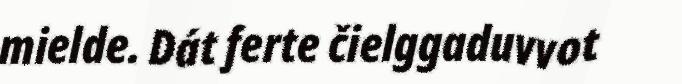
mielde. Dát ferte čielggaduvvot